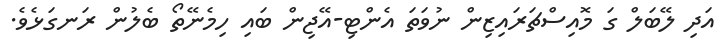
އަދި ލޭބަލް ގަ މޮއިސްޗަރައިޒިން ނުވަތަ އެންޓި-އޭޖިން ބައި ހިމެނޭތޯ ބެލުން ރަނގަޅެވެ.